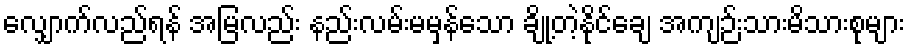
လျှောက်လည်ရန် အမြလည်း နည်းလမ်းမမှန်သော ချို့တဲ့နိုင်ချေ အကျဉ်းသားမိသားစုများ